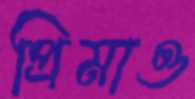
প্রিমাও